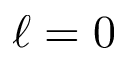
\ell = 0